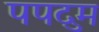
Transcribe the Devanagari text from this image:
पपदुम